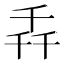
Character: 𫧢